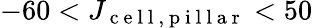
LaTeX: -60<J_{\mathrm{~c~e~l~l~,~p~i~l~l~a~r~}}<50